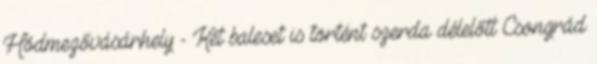
Hódmezővásárhely - Két baleset is történt szerda délelőtt Csongrád